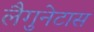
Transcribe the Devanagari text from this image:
लैगुनेटास